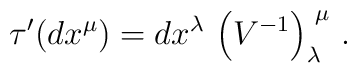
\tau ^{\prime }(dx^{\mu })={}dx^{\lambda }\,\left( V^{-1}\right) _{\lambda}^{\,\,\mu } \,.